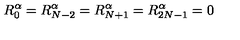
R _ { 0 } ^ { \alpha } = R _ { N - 2 } ^ { \alpha } = R _ { N + 1 } ^ { \alpha } = R _ { 2 N - 1 } ^ { \alpha } = 0